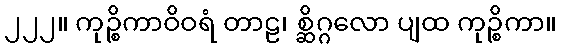
၂၂၂။ ကုဉ္စိကာဝိဝရံ တာဠ၊ စ္ဆိဂ္ဂလော ပျထ ကုဉ္စိကာ။